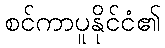
စင်ကာပူနိုင်ငံ၏